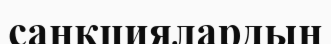
санкциялардың